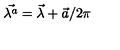
\vec { \lambda ^ { a } } = \vec { \lambda } + \vec { a } / 2 \pi